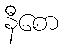
နီစော